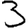
Digit: 3